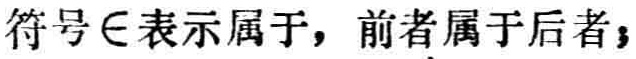
符号$\in$表示属于，前者属于后者；